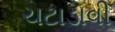
ચટાડાવી